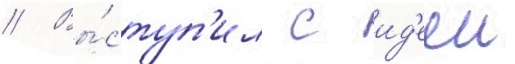
// Вы́ступ'ил с ид'ееи